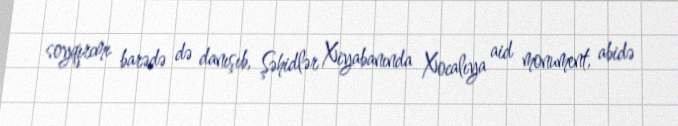
soyqırımı barədə də danışıb, Şəhidlər Xiyabanında Xocalıya aid monument, abidə